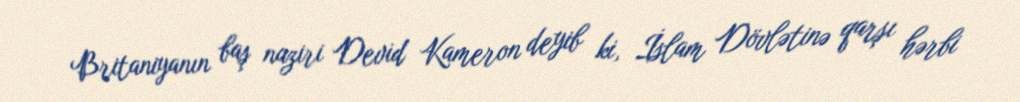
Britaniyanın baş naziri Devid Kameron deyib ki, İslam Dövlətinə qarşı hərbi